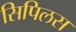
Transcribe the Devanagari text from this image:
सिपिलस